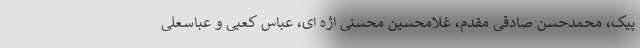
پیک، محمدحسن صادقی مقدم، غلامحسین محسنی اژه ای، عباس کعبی و عباسعلی